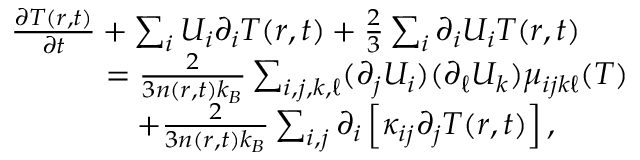
\begin{array} { r l } & { \frac { \partial T ( \boldsymbol { r } , t ) } { \partial t } + \sum _ { i } U _ { i } \partial _ { i } T ( \boldsymbol { r } , t ) + \frac { 2 } { 3 } \sum _ { i } \partial _ { i } U _ { i } T ( \boldsymbol { r } , t ) } \\ & { \quad \quad \quad = \frac { 2 } { 3 n ( \boldsymbol { r } , t ) k _ { B } } \sum _ { i , j , k , \ell } ( \partial _ { j } U _ { i } ) ( \partial _ { \ell } U _ { k } ) \mu _ { i j k \ell } ( T ) } \\ & { \quad \quad \quad \quad + \frac { 2 } { 3 n ( \boldsymbol { r } , t ) k _ { B } } \sum _ { i , j } \partial _ { i } \left[ \kappa _ { i j } \partial _ { j } T ( \boldsymbol { r } , t ) \right] , } \end{array}